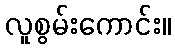
လူစွမ်းကောင်း။